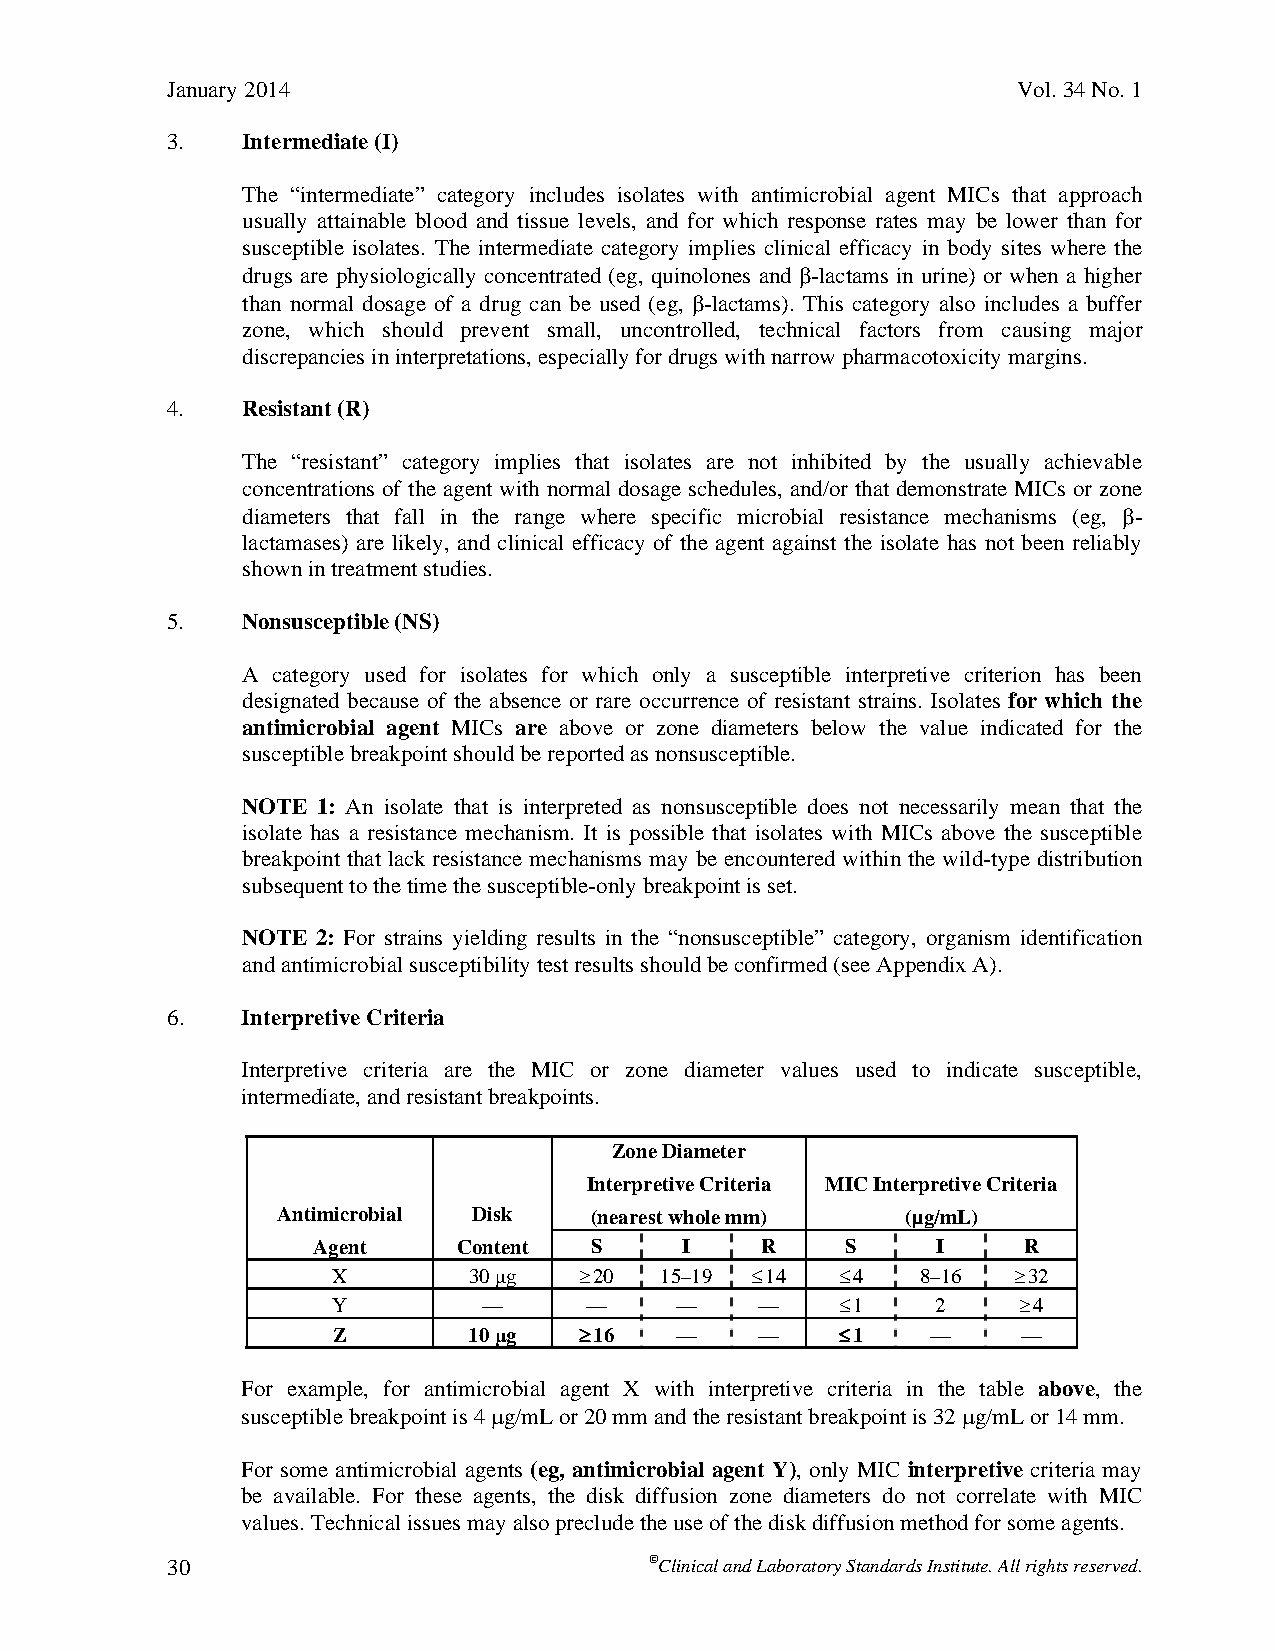
January 2014                                            Vol. 34 No. 1
 3.   Intermediate (I)
 The “intermediate” category includes isolates with antimicrobial agent MICs that approach
 usually attainable blood and tissue levels, and for which response rates may be lower than for
 susceptible isolates. The intermediate category implies clinical efficacy in body sites where the
 drugs are physiologically concentrated (eg, quinolones and -lactams in urine) or when a higher
 than normal dosage of a drug can be used (eg, -lactams). This category also includes a buffer
 zone, which should prevent small, uncontrolled, technical factors from causing major
 discrepancies in interpretations, especially for drugs with narrow pharmacotoxicity margins.
 4.   Resistant (R)
 The “resistant” category implies that isolates are not inhibited by the usually achievable
 concentrations of the agent with normal dosage schedules, and/or that demonstrate MICs or zone
 diameters that fall in the range where specific microbial resistance mechanisms (eg, -
 lactamases) are likely, and clinical efficacy of the agent against the isolate has not been reliably
 shown in treatment studies.
 5.   Nonsusceptible (NS)
 A category used for isolates for which only a susceptible interpretive criterion has been
 designated because of the absence or rare occurrence of resistant strains. Isolates for which the
 antimicrobial agent MICs are above or zone diameters below the value indicated for the
 susceptible breakpoint should be reported as nonsusceptible.
 NOTE 1: An isolate that is interpreted as nonsusceptible does not necessarily mean that the
 isolate has a resistance mechanism. It is possible that isolates with MICs above the susceptible
 breakpoint that lack resistance mechanisms may be encountered within the wild-type distribution
 subsequent to the time the susceptible-only breakpoint is set.
 NOTE 2: For strains yielding results in the “nonsusceptible” category, organism identification
 and antimicrobial susceptibility test results should be confirmed (see Appendix A).
 6.   Interpretive Criteria
 Interpretive criteria are the MIC or zone diameter values used to indicate susceptible,
 intermediate, and resistant breakpoints.
 Zone Diameter
 Interpretive Criteria MIC Interpretive Criteria
 Antimicrobial Disk   (nearest whole mm)   (µg/mL)
 Agent    Content  S     I    R     S     I     R
 X        30 μg  20   15–19 14   4   8–16  32
 Y         —      —     —    —     1    2    4
 Z        10 μg  16    —    —     1    —     —
 For example, for antimicrobial agent X with interpretive criteria in the table above, the
 susceptible breakpoint is 4 g/mL or 20 mm and the resistant breakpoint is 32 g/mL or 14 mm.
 For some antimicrobial agents (eg, antimicrobial agent Y), only MIC interpretive criteria may
 be available. For these agents, the disk diffusion zone diameters do not correlate with MIC
 values. Technical issues may also preclude the use of the disk diffusion method for some agents.
 30                              Clinical and Laboratory Standards Institute. All rights reserved.
 Thisdocumentisprotectedbycopyright.
 PublishedOn1/1/2014.